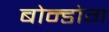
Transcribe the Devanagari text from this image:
बोन्डोग